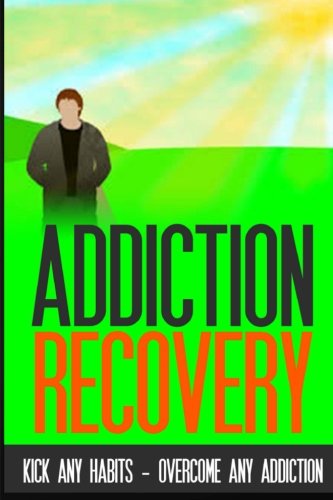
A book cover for Addiction Recovery: Kick Any Habit - Overcome Any Addiction; Charles Lamont; Health, Fitness & Dieting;